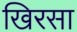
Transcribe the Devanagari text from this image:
खिरसा